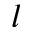
l